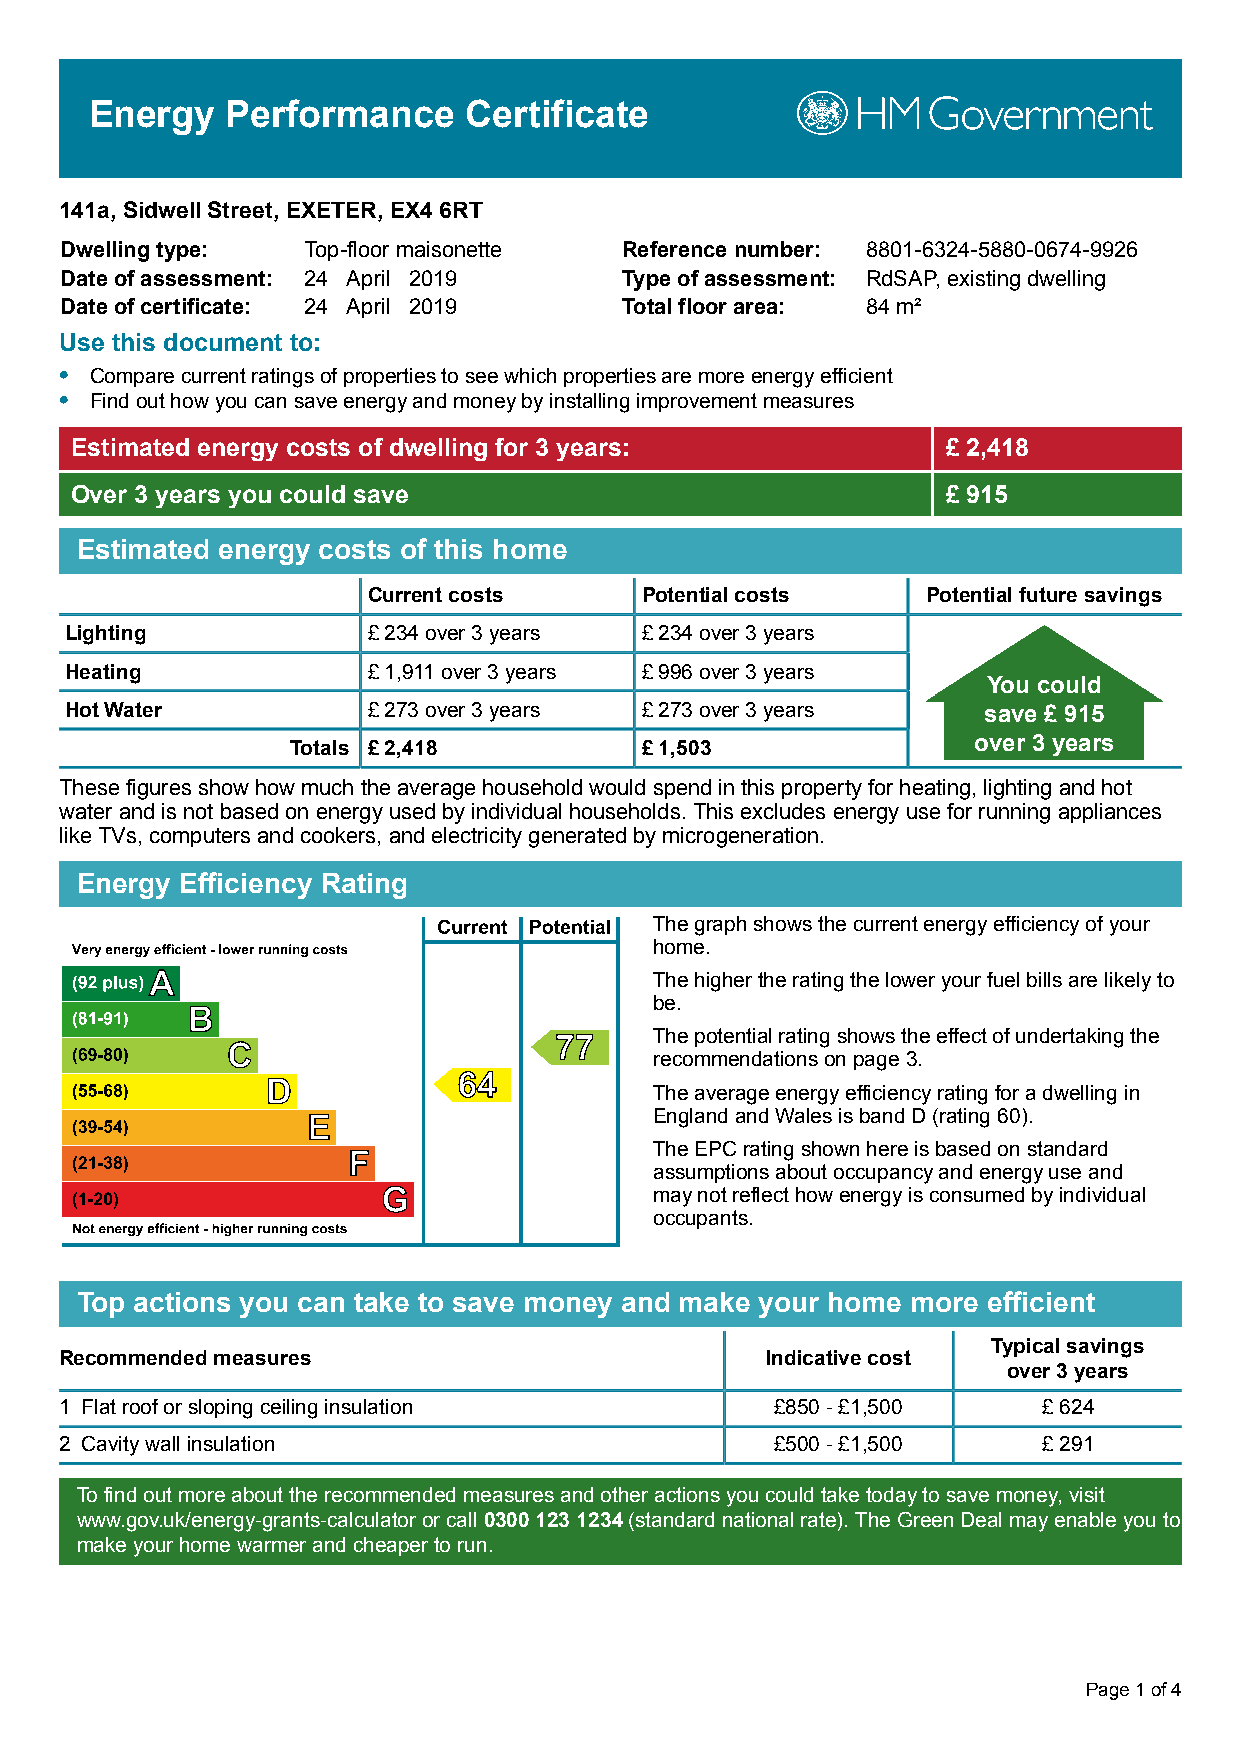
Energy   Performance     Certificate
 141a, Sidwell Street, EXETER, EX4 6RT
 Dwelling type:  Top-floor maisonette Reference number: 8801-6324-5880-0674-9926
 Date of assessment: 24 April 2019    Type of assessment: RdSAP, existing dwelling
 Date of certificate: 24 April 2019   Total floor area: 84 m²
 Use this document to:
 • Compare current ratings of properties to see which properties are more energy efficient
 • Find out how you can save energy and money by installing improvement measures
 Estimated energy costs of dwelling for 3 years:           £ 2,418
 Over 3 years you could save                               £ 915
 Estimated energy costs of this home
 Current costs     Potential costs    Potential future savings
 Lighting            £ 234 over 3 years £ 234 over 3 years
 Heating             £ 1,911 over 3 years £ 996 over 3 years
 You could
 Hot Water           £ 273 over 3 years £ 273 over 3 years    save £ 915
 Totals £ 2,418         £ 1,503               over 3 years
 These figures show how much the average household would spend in this property for heating, lighting and hot
 water and is not based on energy used by individual households. This excludes energy use for running appliances
 like TVs, computers and cookers, and electricity generated by microgeneration.
 Energy Efficiency Rating
 The graph shows the current energy efficiency of your
 home.
 The higher the rating the lower your fuel bills are likely to
 be.
 The potential rating shows the effect of undertaking the
 recommendations on page 3.
 The average energy efficiency rating for a dwelling in
 England and Wales is band D (rating 60).
 The EPC rating shown here is based on standard
 assumptions about occupancy and energy use and
 may not reflect how energy is consumed by individual
 occupants.
 Top actions you can take to save money and make your home more efficient
 Typical savings
 Recommended measures                           Indicative cost
 over 3 years
 1 Flat roof or sloping ceiling insulation      £850 - £1,500     £ 624
 2 Cavity wall insulation                       £500 - £1,500     £ 291
 To find out more about the recommended measures and other actions you could take today to save money, visit
 www.gov.uk/energy-grants-calculator or call 0300 123 1234 (standard national rate). The Green Deal may enable you to
 make your home warmer and cheaper to run.
 Page 1 of 4